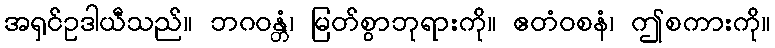
အရှင်ဥဒါယီသည်။ ဘဂဝန္တံ၊ မြတ်စွာဘုရားကို။ ဧတံဝစနံ၊ ဤစကားကို။